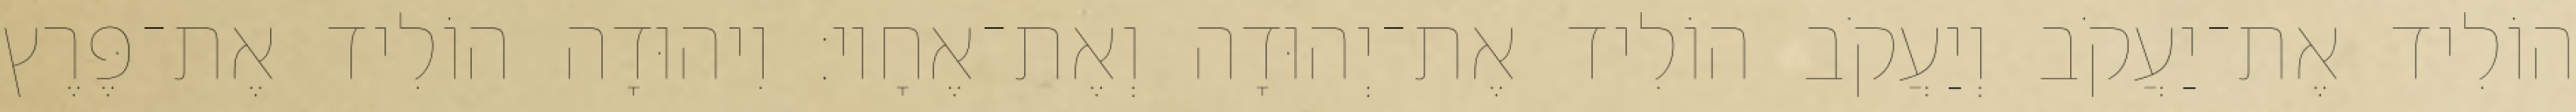
הוֹלִיד אֶת־יַעֲקֹב וְיַעֲקֹב הוֹלִיד אֶת־יְהוּדָה וְאֶת־אֶחָיו׃ וִיהוּדָה הוֹלִיד אֶת־פֶּרֶץ